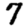
Digit: 7